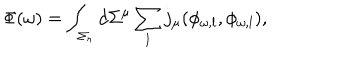
\Phi ( \omega ) = \int _ { \Sigma _ { r } } d \Sigma ^ { \mu } \sum _ { l } j _ { \mu } ( \phi _ { \omega , l } , \phi _ { \omega , l } ) ,